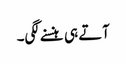
آتے ہی ہنسنے لگی۔